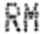
RM